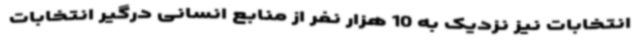
انتخابات نیز نزدیک به 10 هزار نفر از منابع انسانی درگیر انتخابات